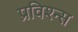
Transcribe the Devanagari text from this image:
प्रविश्न्स